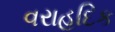
વરાહદિક